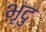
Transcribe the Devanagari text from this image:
भृदु